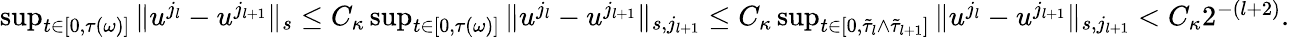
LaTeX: \begin{array}{r}{\operatorname*{sup}_{t\in[0,\tau(\omega)]}\| u^{j_{l}}-u^{j_{l+1}}\| _{s}\leq C_{\kappa}\operatorname*{sup}_{t\in[0,\tau(\omega)]}\| u^{j_{l}}-u^{j_{l+1}}\| _{s,j_{l+1}}\leq C_{\kappa}\operatorname*{sup}_{t\in[0,\tilde{\tau}_{l}\wedge\tilde{\tau}_{l+1}]}\| u^{j_{l}}-u^{j_{l+1}}\| _{s,j_{l+1}}<C_{\kappa}2^{-(l+2)}.}\end{array}